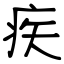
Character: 疾